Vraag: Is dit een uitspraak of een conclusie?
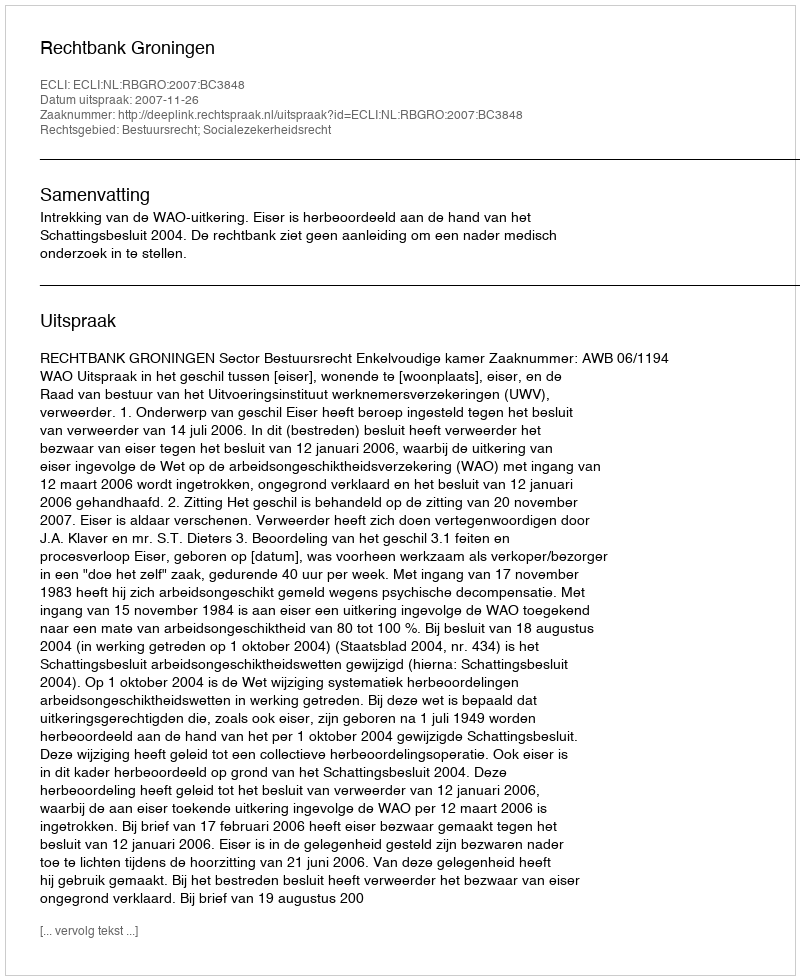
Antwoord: Uitspraak